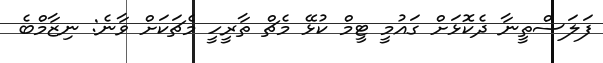
ފަލަސްތީނާ ދެކޮޅަށް ގައުމީ ޓީމް ކުޅޭ މެޗް ތާރީހީ މެޗަކަށް ވާނެ: ނިޒާމްބެ